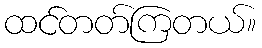
ထင်တတ်ကြတယ်။